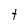
Character: t